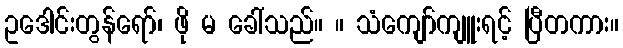
ဥဒေါင်းတွန်ရော်၊ ဖို မ ခေါ်သည်။ ။ သံကျော်ကျူးရင့် ပြီတကား။